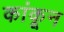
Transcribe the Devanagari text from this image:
कांकून